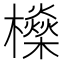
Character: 𣟕